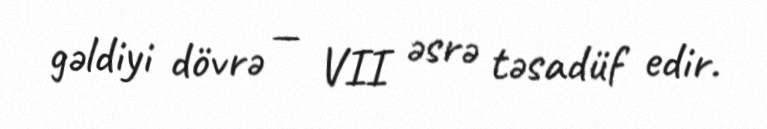
gəldiyi dövrə — VII əsrə təsadüf edir.